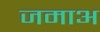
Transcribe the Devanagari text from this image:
जमाअ